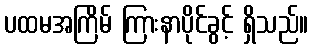
ပထမအကြိမ် ကြားနာပိုင်ခွင့် ရှိသည်။